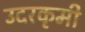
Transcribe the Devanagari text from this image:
उदरकृमी